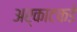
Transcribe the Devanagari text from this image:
अर्काटकडे